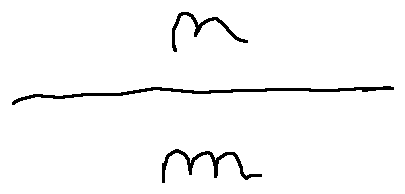
\frac { n } { m }